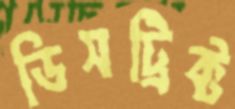
ডিসট্রিক্ট